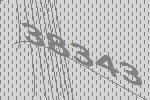
38343